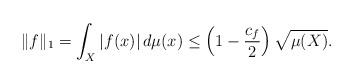
LaTeX: \begin{align*}\|f\|_1=\int_{X}|f(x)|\,d\mu(x)\leq \left(1-\frac{c_f}{2}\right)\sqrt{\mu(X)} .\end{align*}